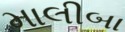
માલીબા